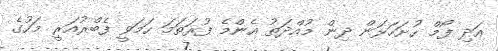
އަދި ފޯމް ހުށަހަޅަން ދިން މުއްދަތު އެންމެ ފުރަތަމަ ހަމަވީ ފެބްރުއަރީ މަހުގެ